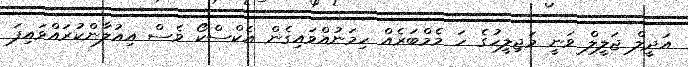
އަދީލް ޖަލީލް ވަނީ މަޖިލީހުގެ ހަ މެމްބަރެއް ހިމަނުއްވައިގެން އެކްސްކޯ ވެސް އިއުލާންކުރައްވައިފަ